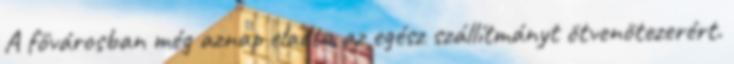
A fővárosban még aznap eladta az egész szállítmányt ötvenötezerért.